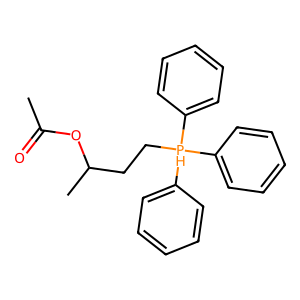
SMILES: CC(=O)OC(C)CC[PH](c1ccccc1)(c1ccccc1)c1ccccc1
Inhibits HIV replication: No